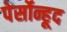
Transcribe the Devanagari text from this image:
पेर्सोन्हूद